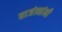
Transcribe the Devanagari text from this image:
वाजंत्र्यांनी